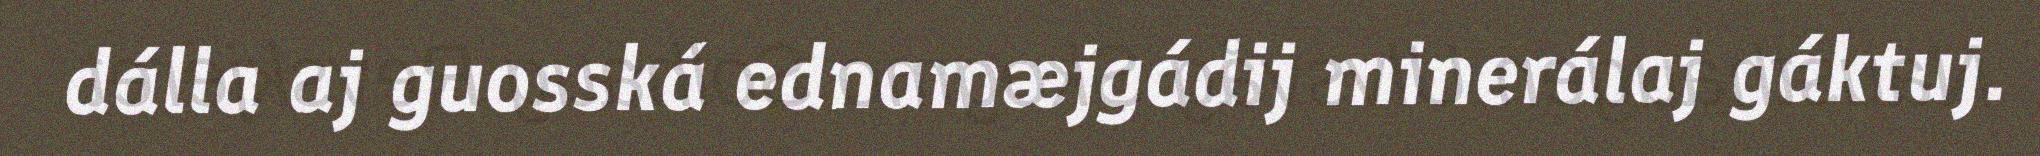
dálla aj guosská ednamæjgádij minerálaj gáktuj.